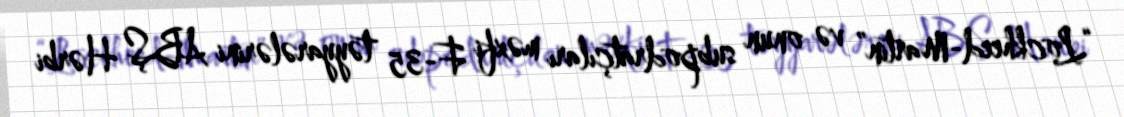
“Lockheed-Martin” və onun subpodratçıları məxfi F-35 təyyarələrini ABŞ Hərbi